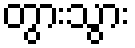
တွားသွား